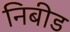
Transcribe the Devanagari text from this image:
निबीड